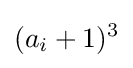
(a_{i}+1)^{3}